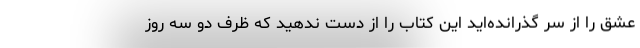
عشق را از سر گذرانده‌اید این کتاب را از دست ندهید که ظرف دو سه روز